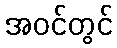
အဝင်တွင်